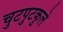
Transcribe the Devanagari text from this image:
चुटपुटकुले